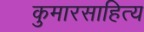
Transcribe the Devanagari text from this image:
कुमारसाहित्य